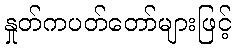
နှုတ်ကပတ်တော်များဖြင့်